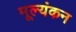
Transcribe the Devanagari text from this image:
मूल्यंकन